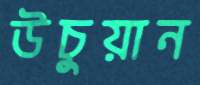
উচুয়ান